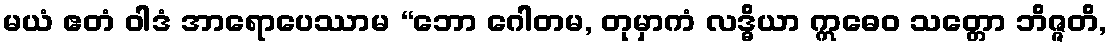
မယံ ဧတံ ဝါဒံ အာရောပေဿာမ “ဘော ဂေါတမ, တုမှာကံ လဒ္ဓိယာ ဣဓေဝ သတ္တော ဘိဇ္ဇတိ,